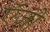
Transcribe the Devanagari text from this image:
ऍज़ो